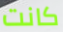
كانت